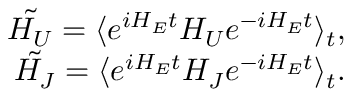
\begin{array} { r } { \tilde { H _ { U } } = \langle e ^ { i H _ { E } t } H _ { U } e ^ { - i H _ { E } t } \rangle _ { t } , } \\ { \tilde { H _ { J } } = \langle e ^ { i H _ { E } t } H _ { J } e ^ { - i H _ { E } t } \rangle _ { t } . } \end{array}